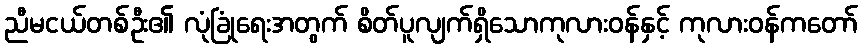
ညီမငယ်တစ်ဦး၏ လုံခြုံရေးအတွက် စိတ်ပူလျက်ရှိသောကုလားဝန်နှင့် ကုလားဝန်ကတော်